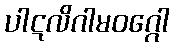
ပါဋလိဂါမဝဂ္ဂေါ